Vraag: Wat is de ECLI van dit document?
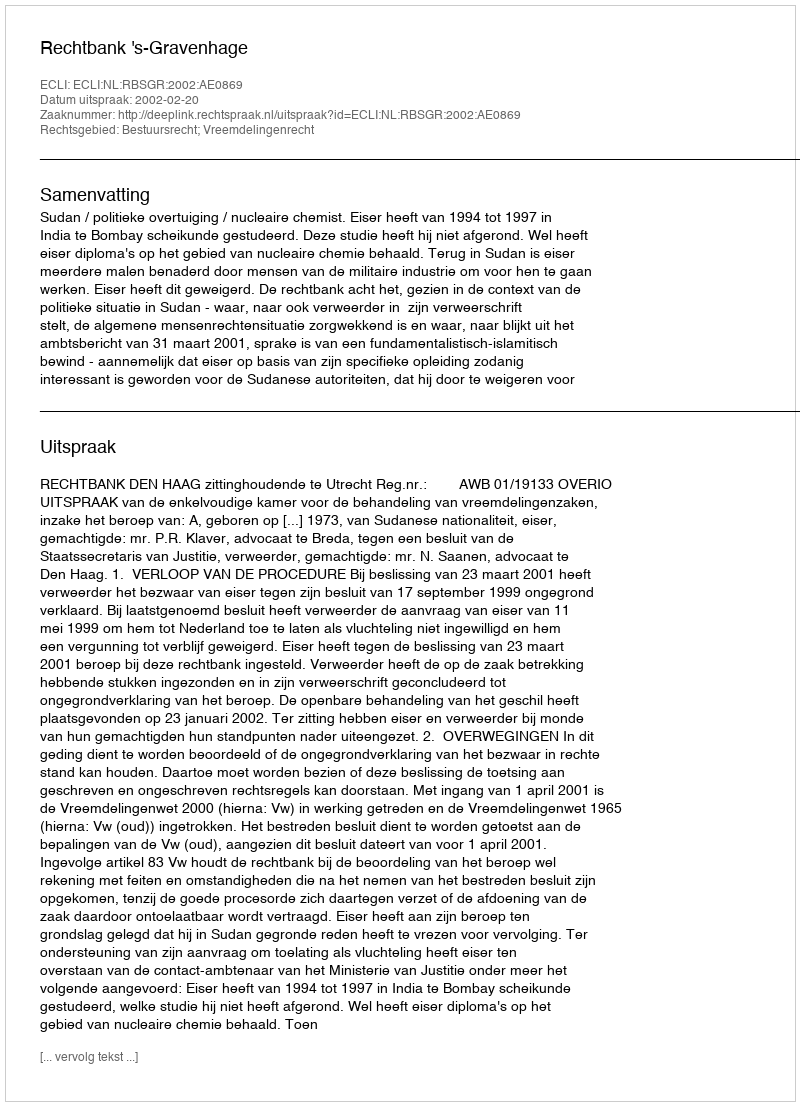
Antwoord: ECLI:NL:RBSGR:2002:AE0869